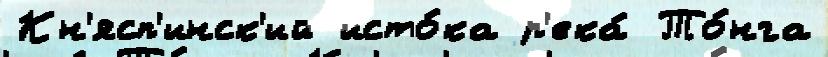
Кн'ясп'инск'ий исто́ка р'ека́ То́нга